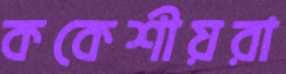
ককেশীয়রা